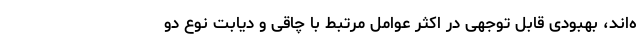
ه‌اند، بهبودی قابل توجهی در اکثر عوامل مرتبط با چاقی و دیابت نوع دو